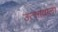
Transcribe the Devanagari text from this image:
उत्सावाला